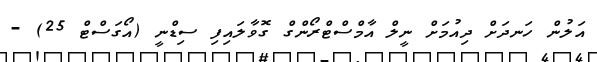
އަލުން ހަނދަށް ދިއުމަށް ނީލް އާމްސްޓްރޯންގް ގޮވާލައިފި ސިޑްނީ (އޯގަސްޓް 25) -